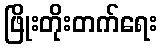
ဖြိုးတိုးတက်ရေး